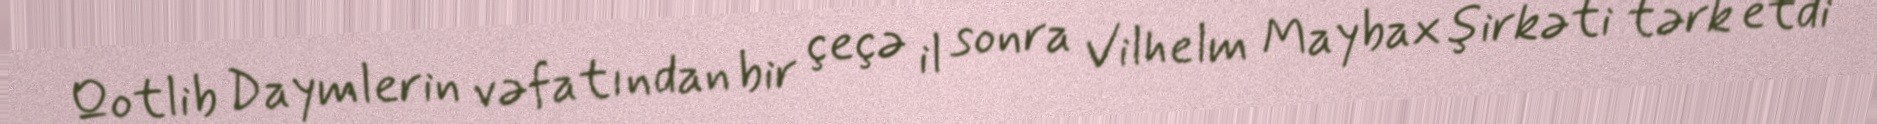
Qotlib Daymlerin vəfatından bir çeçə il sonra Vilhelm Maybax şirkəti tərk etdi